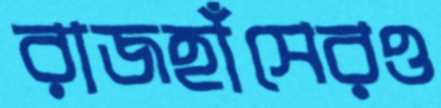
রাজহাঁসেরও